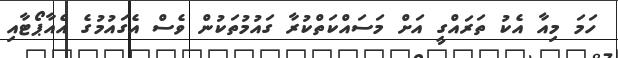
ހަމަ މިއާ އެކު ތަރައްގީ އަށް މަސައްކަތްކުރާ ގައުމުތަކުން ވެސް އެގައުމުގެ އެއާޕޯޓާއި